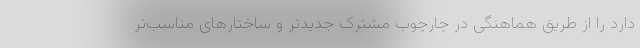
دارد را از طریق هماهنگی در چارچوب مشترک جدیدتر و ساختارهای مناسب‌تر